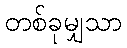
တစ်ခုမျှသာ